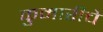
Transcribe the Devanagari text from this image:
कुमारीचे